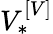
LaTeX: V_{*}^{\left[V\right]}